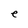
Character: e